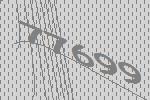
77699